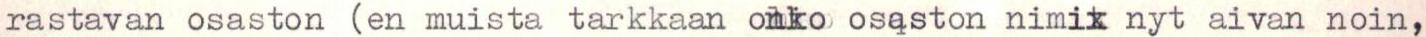
rastavan osaston (en muista tarkkaan onko osaston nimik nyt aivan noin,